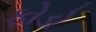
ફોડો